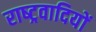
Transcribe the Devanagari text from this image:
राष्‍ट्रवादियों